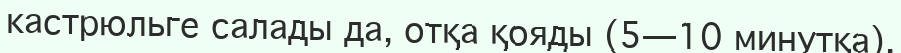
кастрюльге салады да, отқа қояды (5—10 минутқа).